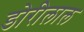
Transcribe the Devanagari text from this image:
डोरीलाल